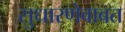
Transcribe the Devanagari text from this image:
सुधारणेबाबत